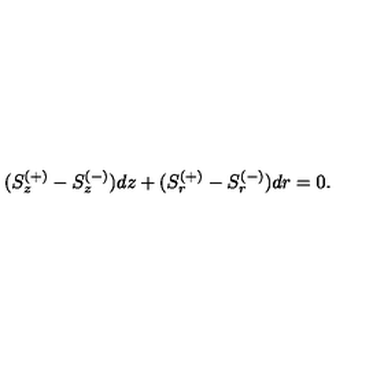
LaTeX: ( S _ { z } ^ { ( + ) } - S _ { z } ^ { ( - ) } ) d z + ( S _ { r } ^ { ( + ) } - S _ { r } ^ { ( - ) } ) d r = 0 .